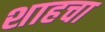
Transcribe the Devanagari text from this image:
शाहचा